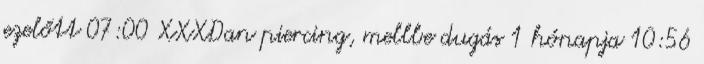
ezelőtt 07:00 XXXDan piercing, mellbe dugás 1 hónapja 10:56